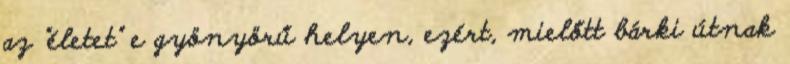
az "életet" e gyönyörű helyen, ezért, mielőtt bárki útnak